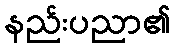
နည်းပညာ၏